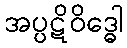
အပ္ပဋိဝိဒ္ဓေါ